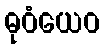
ဓုဝံယေဝ